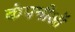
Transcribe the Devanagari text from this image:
कंपनीऑ